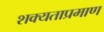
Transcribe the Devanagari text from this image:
शक्यताप्रमाण